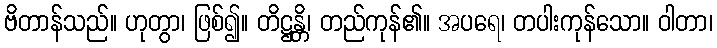
ဗိတာန်သည်။ ဟုတွာ၊ ဖြစ်၍။ တိဋ္ဌန္တိ၊ တည်ကုန်၏။ အပရေ၊ တပါးကုန်သော။ ဝါတာ၊